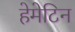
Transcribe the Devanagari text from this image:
हेमेटिन